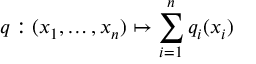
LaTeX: q : ( x _ { 1 } , \ldots , x _ { n } ) \mapsto \sum _ { i = 1 } ^ { n } q _ { i } ( x _ { i } )